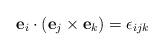
LaTeX: \begin{align*}\mathbf{e}_{i}\cdot\left(\mathbf{e}_{j}\times\mathbf{e}_{k}\right)=\epsilon_{ijk}\end{align*}